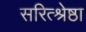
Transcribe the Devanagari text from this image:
सरित्श्रेष्ठा